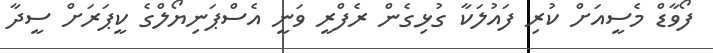
ފޯވާޑް މެސީއަށް ކުރި ފައުލަކާ ގުޅިގެން ރެފްރީ ވަނީ އެސްޕަނިޔޯލްގެ ކީޕަރަށް ސީދާ